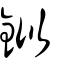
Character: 鉯